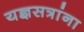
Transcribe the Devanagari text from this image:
यज्ञसत्रांना